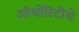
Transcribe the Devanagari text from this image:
ऑथोरिटीचे